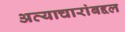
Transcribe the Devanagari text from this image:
अत्याचारांबद्दल